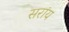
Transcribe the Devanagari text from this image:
सरांय